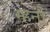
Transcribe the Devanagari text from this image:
म्हनो